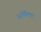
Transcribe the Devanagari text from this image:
सर्किल्स